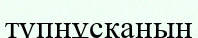
түпнұсқаның